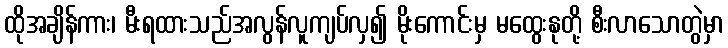
ထိုအချိန်ကား၊ မီးရထားသည်အလွန်လူကျပ်လှ၍ မိုးကောင်းမှ မထွေးနုတို့ စီးလာသောတွဲမှာ